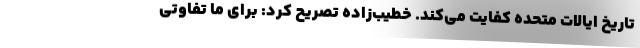
تاریخ ایالات متحده کفایت می‌کند. خطیب‌زاده تصریح کرد: برای ما تفاوتی